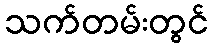
သက်တမ်းတွင်